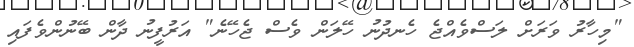
"މިހާރު ވަރަށް ލަސްވެއްޖެ ހެނދުނު ހޭލަން ވެސް ޖެހޭނެ" އަރުފީނު ދާން ބޭނުންވެފައި